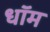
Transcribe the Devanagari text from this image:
धॉम